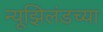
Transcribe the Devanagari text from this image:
न्यूझिलंडच्या